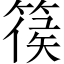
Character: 篌